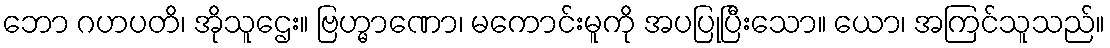
ဘော ဂဟပတိ၊ အိုသူဌေး။ ဗြဟ္မာဏော၊ မကောင်းမူကို အပပြုပြီးသော။ ယော၊ အကြင်သူသည်။